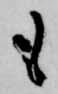
も